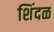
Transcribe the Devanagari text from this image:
शिंदळ